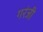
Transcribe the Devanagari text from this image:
गरंजी